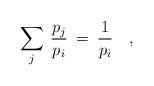
LaTeX: \begin{align*}\sum\limits_{j}\>\frac{p_j}{p_i}\>=\>\frac{1}{p_i}\quad,\end{align*}